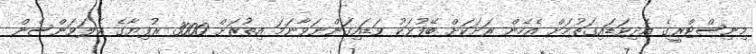
މިނިސްޓްރީގެ އެދިވަޑައިގަތުމަށް އެހެން ރަށަކަށް ބޭފުޅަކު ވަޑައިގަންނަވާނަމަ އިތުރަށް 3000 ރުފިޔާގެ އެލަވަންސެން